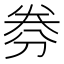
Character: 𠝂